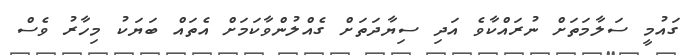
ގައުމީ ސަލާމަތަށް ނުރައްކާވެ އަދި ސިޔާދަތަށް ގެއްލުންވާކަމަށް އެތައް ބަޔަކު މިހާރު ވެސް